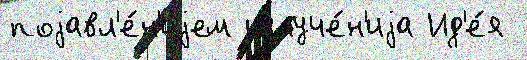
поjавл'е́н'иjем излуче́н'иjа Ид'е́я